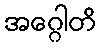
အဂ္ဂေါတိ